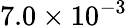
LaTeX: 7.0\times 10^{-3}